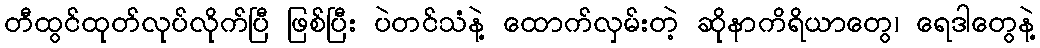
တီထွင်ထုတ်လုပ်လိုက်ပြီ ဖြစ်ပြီး ပဲတင်သံနဲ့ ထောက်လှမ်းတဲ့ ဆိုနာကိရိယာတွေ၊ ရေဒါတွေနဲ့